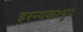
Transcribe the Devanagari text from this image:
हरन्यकश्युप